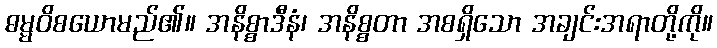
ဓမ္မဝိစယောမည်၏။ အနိစ္စာဒီနံ၊ အနိစ္စတာ အစရှိသော အချင်းအရာတို့ကို။